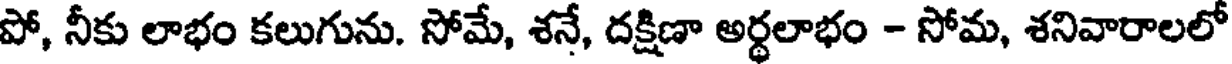
పో, నీకు లాభం కలుగును. సోమే, శనే, దక్షిణా అర్థలాభం - సోమ, శనివారాలలో